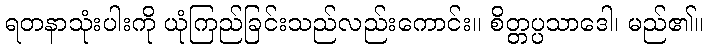
ရတနာသုံးပါးကို ယုံကြည်ခြင်းသည်လည်းကောင်း။ စိတ္တပ္ပသာဒေါ၊ မည်၏။